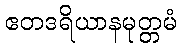
ဧတဒရိယာနမုတ္တမံ